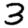
Digit: 3